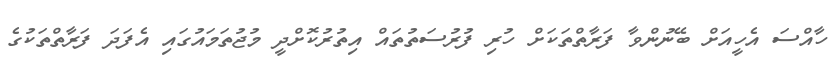
ހާއްސަ އެހީއަށް ބޭނުންވާ ފަރާތްތަކަށް ހުރި ފުރުސަތުތައް އިތުރުކޮށްދީ މުޖުތަމައުގައި އެފަދަ ފަރާތްތަކުގެ